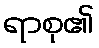
ရာစု၏